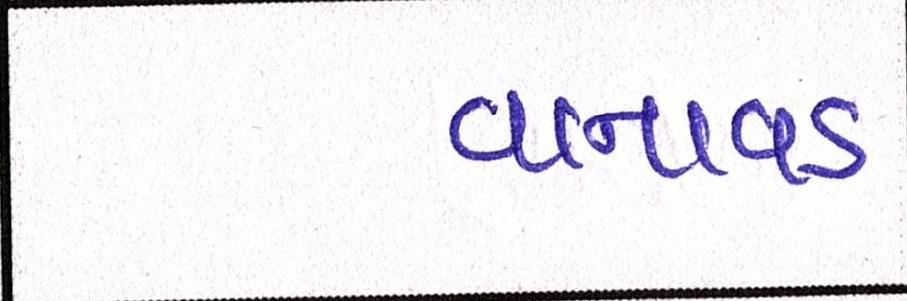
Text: વાનાવડ